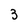
Character: 3